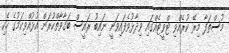
މުސްތަފާ މިރޭ ކުރެއްވި ޓްވީޓެއްގައި ވިދާޅުވެފައިވަނީ ނައިބު ރައީސް ބަގާވާތްކުރަން އުޅުއްވިކަމުގެ ހެކި